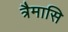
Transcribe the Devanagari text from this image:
त्रैमासि